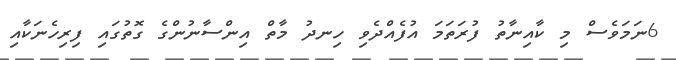
6ނަމަވެސް މި ކާއިނާތު ފުރަތަމަ އުފެއްދެވި ހިނދު މާތް އިންސާނުންގެ ގޮތުގައި ފިރިހެނަކާއި